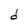
Character: d